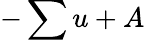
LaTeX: -\sum u+A